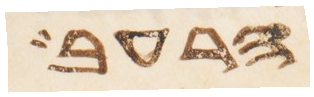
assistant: הרעב